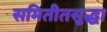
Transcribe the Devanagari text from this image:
समितीतसुद्धा